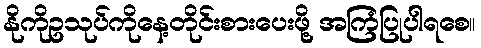
နိုကိုဥသုပ်ကိုနေ့တိုင်းစားပေးဖို့ အကြံပြုပါရစေ။